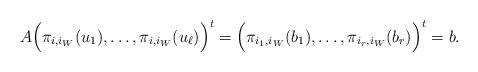
LaTeX: \begin{align*}A \Big( \pi_{i,i_W}(u_1), \dots, \pi_{i,i_W}(u_\ell) \Big)^t = \Big( \pi_{i_1,i_W}(b_1), \dots, \pi_{i_r,i_W}(b_r) \Big)^t = b.\end{align*}